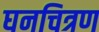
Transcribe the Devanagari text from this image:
घनचित्रण